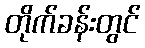
တိုက်ခန်းတွင်